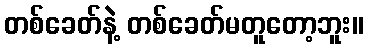
တစ်ခေတ်နဲ့ တစ်ခေတ်မတူတော့ဘူး။